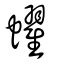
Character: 蠗